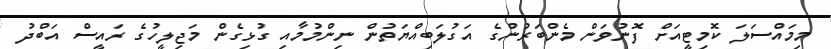
މިމައްސަލަ ކޮމިޓީއަށް ފޮނުވަން މެންބަރުންގެ އަގުލަބިއްޔަތުން ނިންމުމާއި ގުޅިގެން މަޖިލީހުގެ ރައީސް އަބްދު